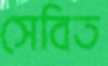
সেবিত